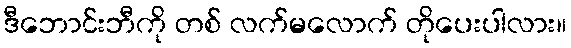
ဒီဘောင်းဘီကို တစ် လက်မလောက် တိုပေးပါလား။